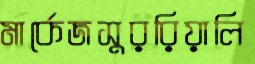
মার্কেজসুররিয়ালি